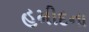
હમીદના